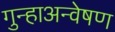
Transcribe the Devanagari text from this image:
गुन्हाअन्वेषण